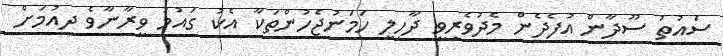
ސައުތު ސޫދާން އުފެދެން މެދުވެރިވީ ދާހިލީ ހަމަނުޖެހުންތަކާ އެކު ގައުމު ވީރާނާވެ ދިއުމަށް